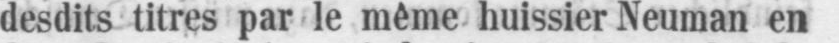
desdits titres par le même huissier Neuman en